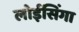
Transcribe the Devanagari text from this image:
लोईसिंगा